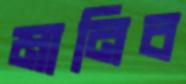
মানিব